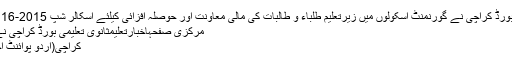
ثانوی تعلیمی بورڈ کراچی نے گورنمنٹ اسکولوں میں زیرتعلیم طلباء و طالبات کی مالی معاونت اور حوصلہ افزائی کیلئے اسکالر شپ 2015-16 کااعلان کردیا
مرکزی صفحہاخبارتعلیمثانوی تعلیمی بورڈ کراچی نے گورنمنٹ ..
کراچی(اُردو پوائنٹ اخبارتازہ ترین۔